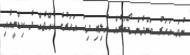
ނުވަ އަހަރު ވަންދެން ޑޯނަރެއް ނުލިބި ދިހަ އަހަރުގެ ކުއްޖެއް ދެ ކިޑްނީއާއި